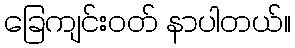
ခြေကျင်းဝတ် နာပါတယ်။